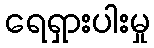
ရေရှားပါးမှု